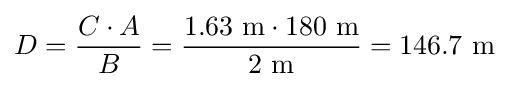
D={\frac {C\cdot A}{B}}={\frac {1.63~{\text{m}}\cdot 180~{\text{m}}}{2~{\text{m}}}}=146.7~{\text{m}}